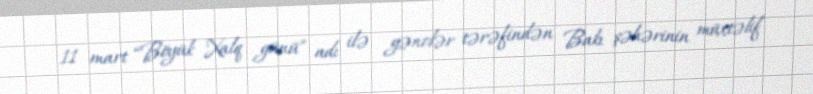
11 mart “Böyük Xalq günü” adı ilə gənclər tərəfindən Bakı şəhərinin müxtəlif